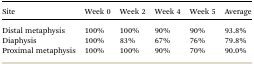
| Site | Week 0 | Week 2 | Week 4 | Week 5 | Average |
 | --- | --- | --- | --- | --- | --- |
 | Distal metaphysis | 100% | 100% | 90% | 90% | 93.8% |
 | Diaphysis | 100% | 83% | 67% | 76% | 79.8% |
 | Proximal metaphysis | 100% | 100% | 90% | 70% | 90.0% |